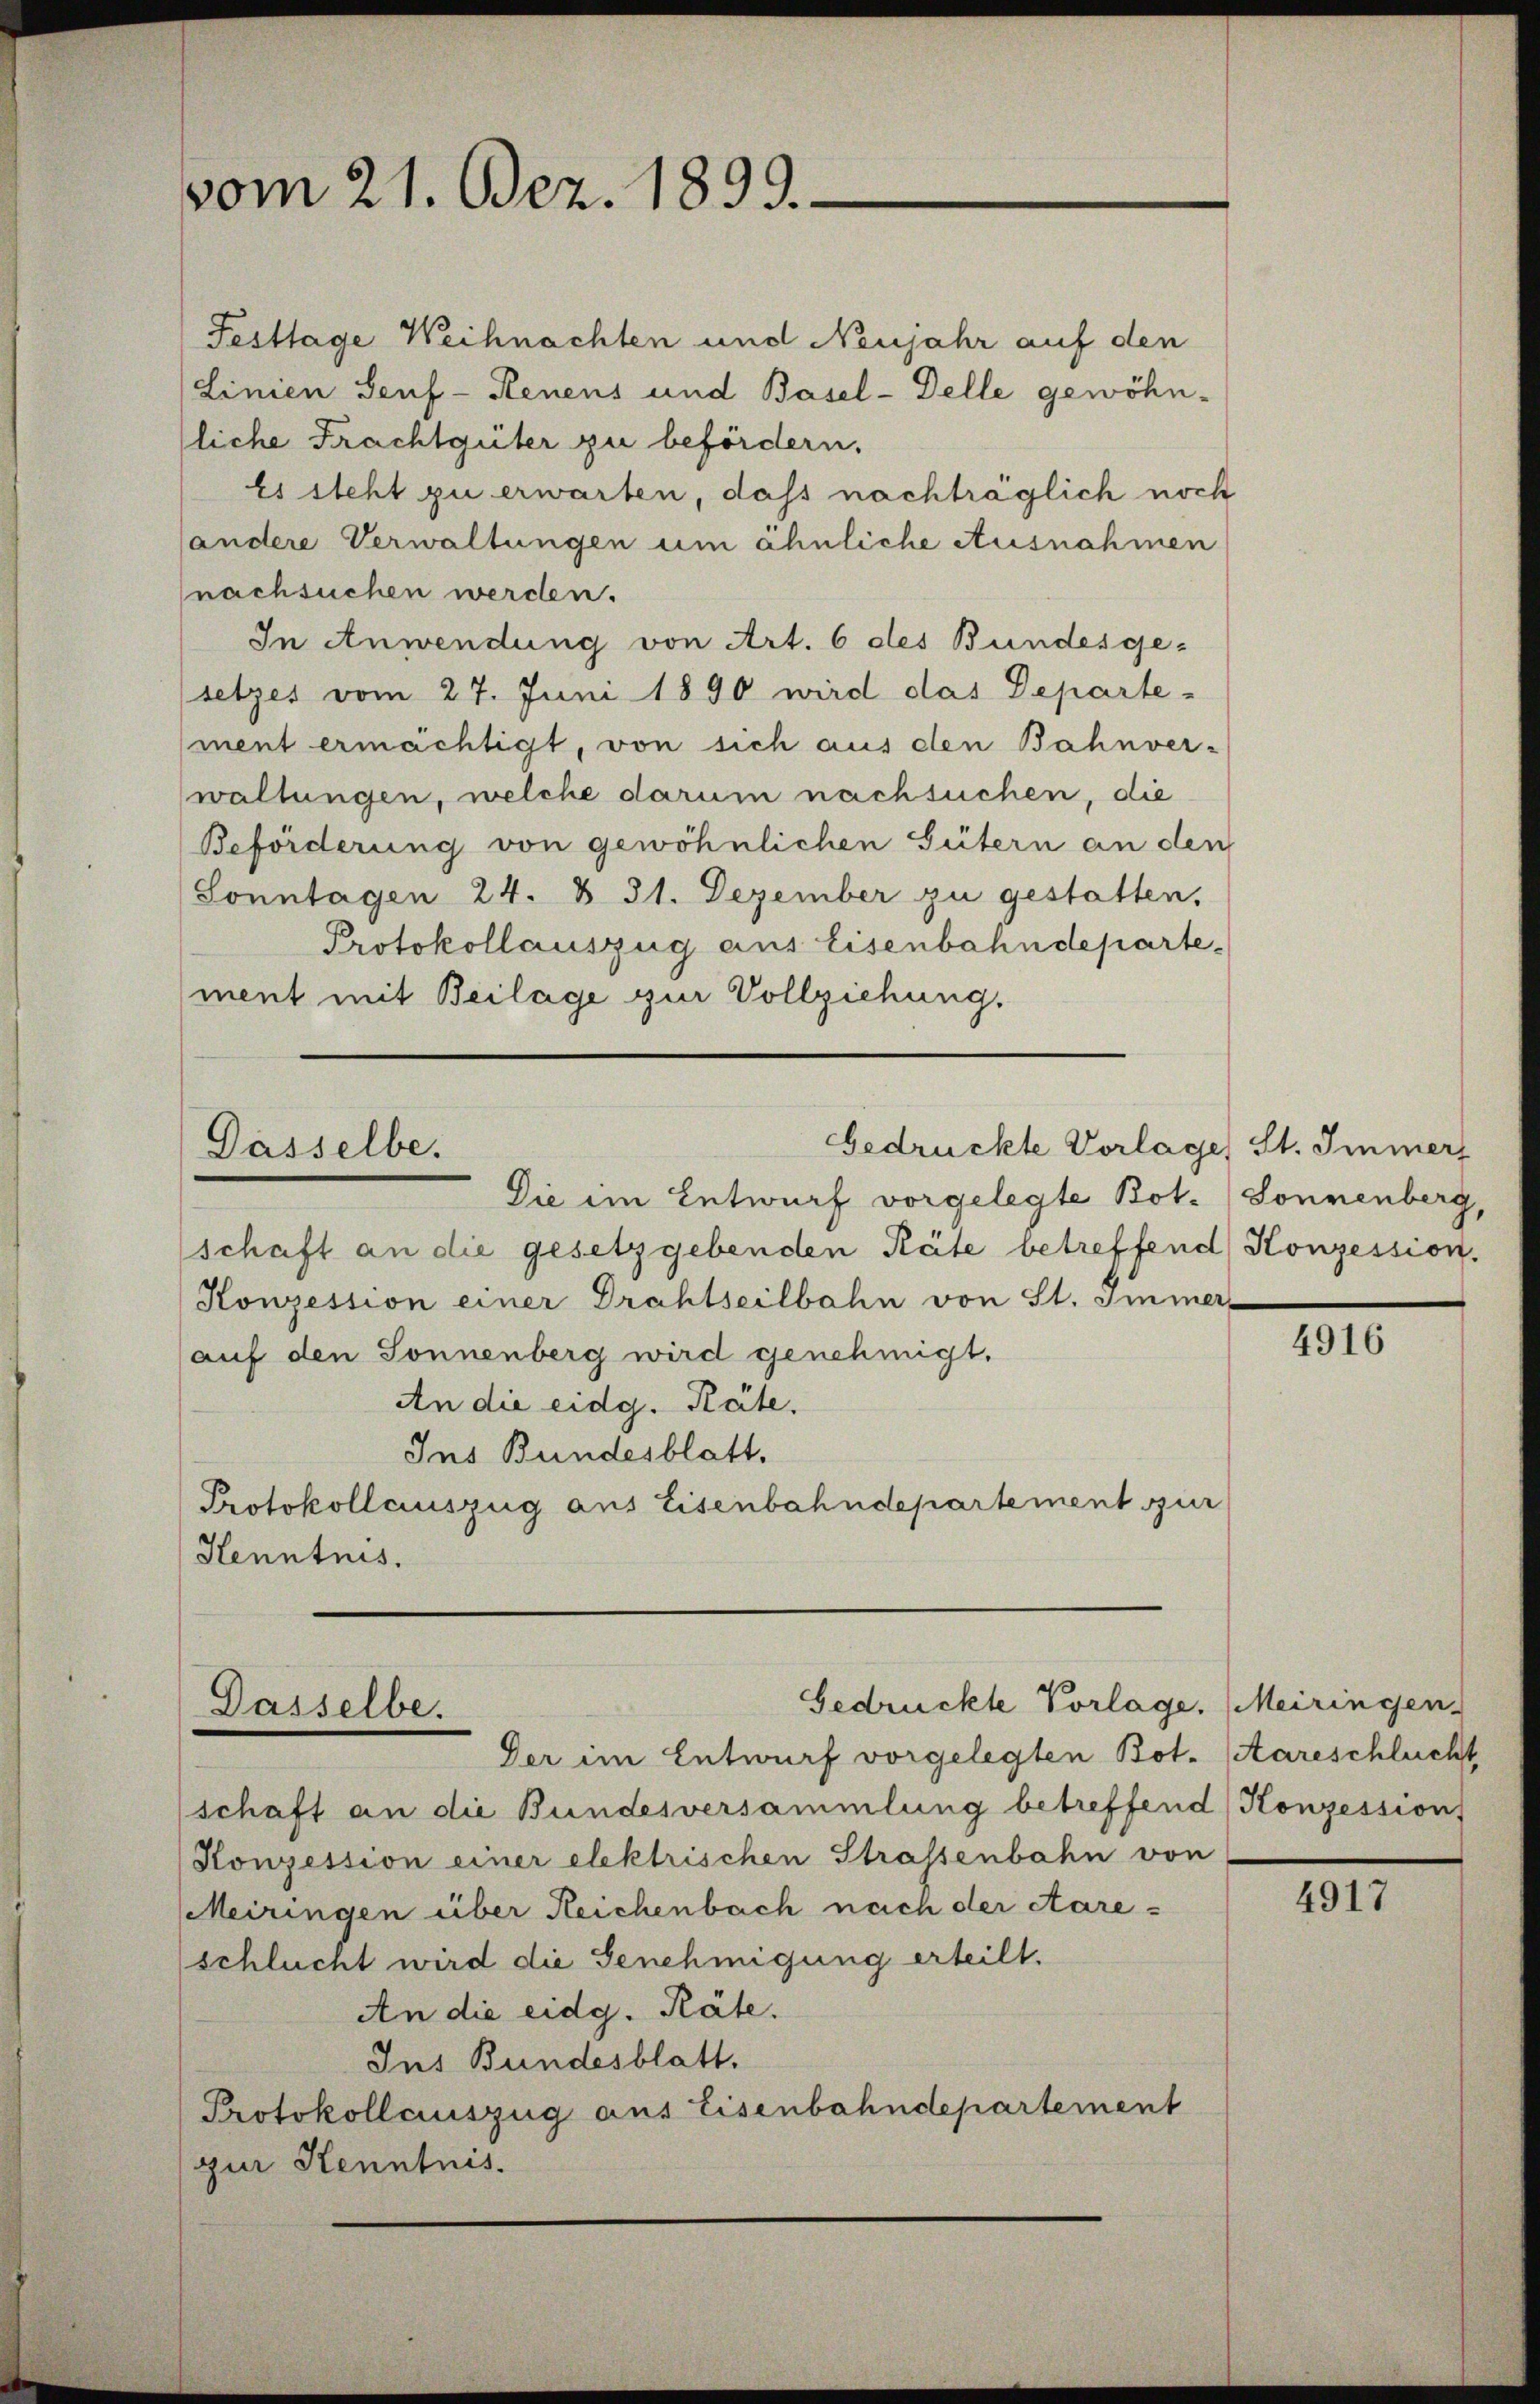
vom 21. Dez. 1899.

Gedrückte Vorlage) St. Immer
Dasselbe.

Festtage Weihnachten und Neujahr auf den
Linien Seuf-Renens und Basel-Delle gewöhn-
liche Prachtgüter zu befördern.
Es steht zu erwarten, dass nachträglich noch
(andere Verwaltungen um ähnliche Ausnahmen
nachsuchen werden.
In Anwendung von Art. 6 des Bundesgesetzes vom 27. Juni 1890 wird das Departe-
(ment ermächtigt, von sich aus den Bahnver-
waltungen, welche darum nachsuchen, die
Beförderung von gewöhnlichen Gütern an den
Sonntagen 24. § 31. Dezember zu gestatten,
Protokollauszug aus Eisenbahndepartement mit Beilage zur Vollziehung.

Die im Entwurf vorgelegte Bot. Sonnenberg,
schaft an die gesetzgebenden Räte betreffend Konzession.
Konzession einer Drahtseilbahn von St. Immer-
(auf den Sonnenberg wird genehmigt.
An die eidg. Räte.
Ins Bundesblatt.
Protokollauszug aus Eisenbahndepartement zur
Kenntnis.

Gedrückte Vorlage. (Meiringen.
Dasselbe.
Der im Entwurf vorgelegten Bot. (Aareschlucht

schaft an die Bundesversammlung betreffend Konzession,
Konzession einer elektrischen Strassenbahn von
Meiringen über Reichenbach nach der Aareschlucht wird die Genehmigung erteilt.
An die eidg. Räte.
Ins Bundesblatt.
Protokollauszug aus Eisenbahndepartement
zur Kenntnis.

4916

4917